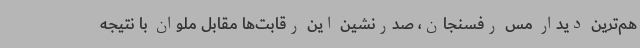
هم‌ترین دیدار مس رفسنجان، صدرنشین این رقابت‌ها مقابل ملوان با نتیجه